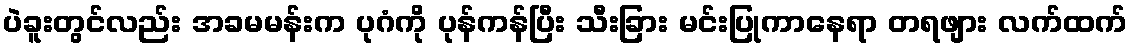
ပဲခူးတွင်လည်း အခမမန်းက ပုဂံကို ပုန်ကန်ပြီး သီးခြား မင်းပြုကာနေရာ တရဖျား လက်ထက်